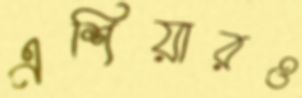
এশিয়ারও